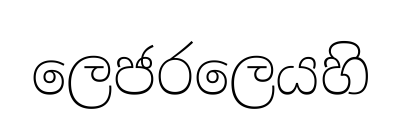
ලෙජරලෙයහි